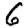
Digit: 6